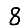
Digit: 8